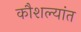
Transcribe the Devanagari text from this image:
कौशल्यांत